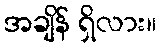
အချိန် ရှိလား။